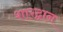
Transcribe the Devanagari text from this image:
शारद्वान